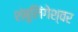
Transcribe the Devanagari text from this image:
शंबुलिंगेश्वर